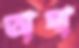
অঘা